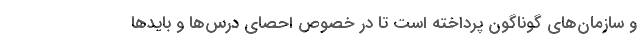
و سازمان‌های گوناگون پرداخته است تا در خصوص احصای درس‌ها و بایدها